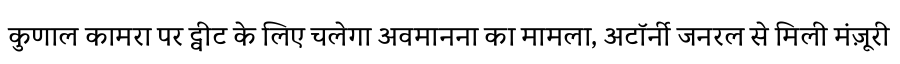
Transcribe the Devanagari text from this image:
कुणाल कामरा पर ट्वीट के लिए चलेगा अवमानना का मामला, अटॉर्नी जनरल से मिली मंज़ूरी